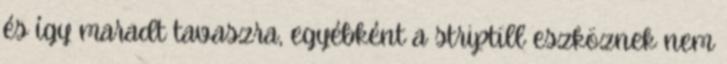
és így maradt tavaszra, egyébként a striptill eszköznek nem